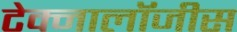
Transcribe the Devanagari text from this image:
टेक्नालॉजीस